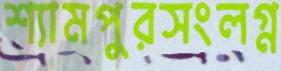
শ্যামপুরসংলগ্ন